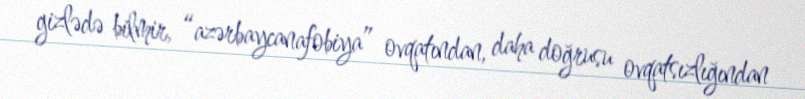
gizlədə bilmir, “azərbaycanafobiya” ovqatından, daha doğrusu ovqatsızlığından